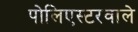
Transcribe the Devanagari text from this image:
पोलिएस्टरवाले